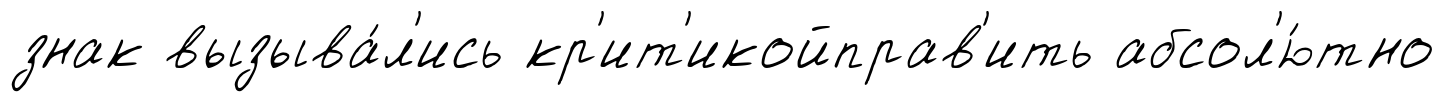
знак вызыва́л'ись кр'ит'икойправ'ить абсол'ю́тно